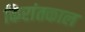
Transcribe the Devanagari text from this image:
किरांतकाल